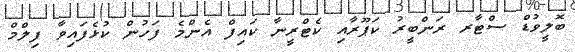
ބޮލީވުޑް ސްޓާރ ރަންބީރު ކަޕޫރާއި ކެޓްރީނާ ކައިފް އެންމެ ފަހުން ކުޅެފައިވާ ފިލްމް